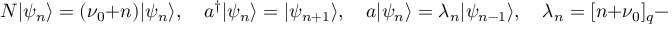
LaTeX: N | \psi _ { n } \rangle = ( \nu _ { 0 } + n ) | \psi _ { n } \rangle , \quad a ^ { \dagger } | \psi _ { n } \rangle = | \psi _ { n + 1 } \rangle , \quad a | \psi _ { n } \rangle = \lambda _ { n } | \psi _ { n - 1 } \rangle , \quad \lambda _ { n } = [ n + \nu _ { 0 } ] _ { q } - [ \nu _ { 0 } ] _ { q }